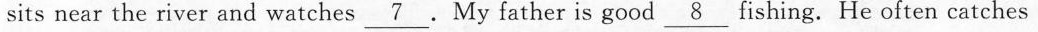
sits near the river and watches 7_ . My father is good_ fishing. He often catches